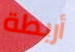
أربطة